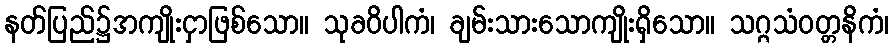
နတ်ပြည်၌အကျိုးငှာဖြစ်သော။ သုခဝိပါကံ၊ ချမ်းသားသောကျိုးရှိသော။ သဂ္ဂသံဝတ္တနိကံ၊